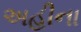
અહીના